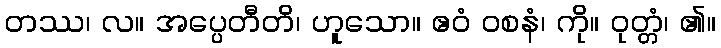
တဿ၊ လ။ အပ္ပေတီတိ၊ ဟူသော။ ဧဝံ ဝစနံ၊ ကို။ ဝုတ္တံ၊ ၏။